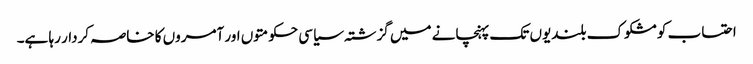
احتساب کو مشکوک بلندیوں تک پہنچانے میں گزشتہ سیاسی حکومتوں اور آمروں کا خاصہ کردار رہا ہے۔